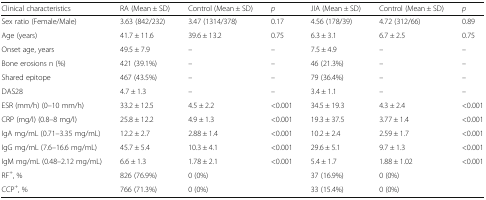
| Clinical characteristics | RA (Mean ± SD) | Control (Mean ± SD) | p | JIA (Mean ± SD) | Control (Mean ± SD) | p |
 | --- | --- | --- | --- | --- | --- | --- |
 | Sex ratio (Female/Male) | 3.63 (842/232) | 3.47 (1314/378) | 0.17 | 4.56 (178/39) | 4.72 (312/66) | 0.89 |
 | Age (years) | 41.7 ± 11.6 | 39.6 ± 13.2 | 0.75 | 6.3 ± 3.1 | 6.7 ± 2.5 | 0.75 |
 | Onset age, years | 49.5 ± 7.9 | – | – | 7.5 ± 4.9 | – | – |
 | Bone erosions n (%) | 421 (39.1%) | – | – | 46 (21.3%) | – | – |
 | Shared epitope | 467 (43.5%) | – | – | 79 (36.4%) | – | – |
 | DAS28 | 4.7 ± 1.3 | – | – | 3.4 ± 1.1 | – | – |
 | ESR (mm/h) (0–10 mm/h) | 33.2 ± 12.5 | 4.5 ± 2.2 | <0.001 | 34.5 ± 19.3 | 4.3 ± 2.4 | <0.001 |
 | CRP (mg/l) (0.8–8 mg/l) | 25.8 ± 12.2 | 4.9 ± 1.3 | <0.001 | 19.3 ± 37.5 | 3.77 ± 1.4 | <0.001 |
 | IgA mg/mL (0.71–3.35 mg/mL) | 12.2 ± 2.7 | 2.88 ± 1.4 | <0.001 | 10.2 ± 2.4 | 2.59 ± 1.7 | <0.001 |
 | IgG mg/mL (7.6–16.6 mg/mL) | 45.7 ± 5.4 | 10.3 ± 4.1 | <0.001 | 29.6 ± 5.1 | 9.7 ± 1.3 | <0.001 |
 | IgM mg/mL (0.48–2.12 mg/mL) | 6.6 ± 1.3 | 1.78 ± 2.1 | <0.001 | 5.4 ± 1.7 | 1.88 ± 1.02 | <0.001 |
 | RF+, % | 826 (76.9%) | 0 (0%) |  | 37 (16.9%) | 0 (0%) |  |
 | CCP+, % | 766 (71.3%) | 0 (0%) |  | 33 (15.4%) | 0 (0%) |  |